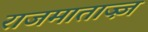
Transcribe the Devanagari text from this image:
राजमाताज्ज़